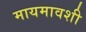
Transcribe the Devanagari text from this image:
मायमावशी